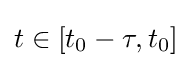
t\in \left[t_{0}-\tau ,t_{0}\right]